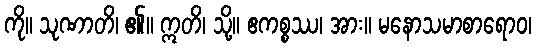
ကို။ သုဏာတိ၊ ၏။ ဣတိ၊ သို့။ ဧကစ္စဿ၊ အား။ မနောသမာစာရောဝ၊